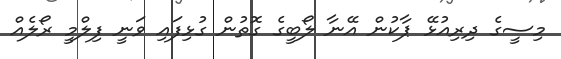
މިސީގެ ދިރިއުޅޭ ޕާކުން އޭނާ ލޯބީގެ ގޮތުން ގުޅިފައި ވަނީ ފިލްމީ ރޯލެއް